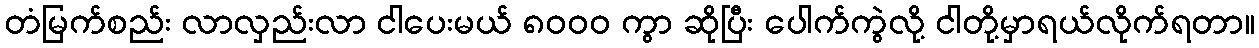
တံမြက်စည်း လာလှည်းလာ ငါပေးမယ် ၈၀၀၀ ကွာ ဆိုပြီး ပေါက်ကွဲလို့ ငါတို့မှာရယ်လိုက်ရတာ။